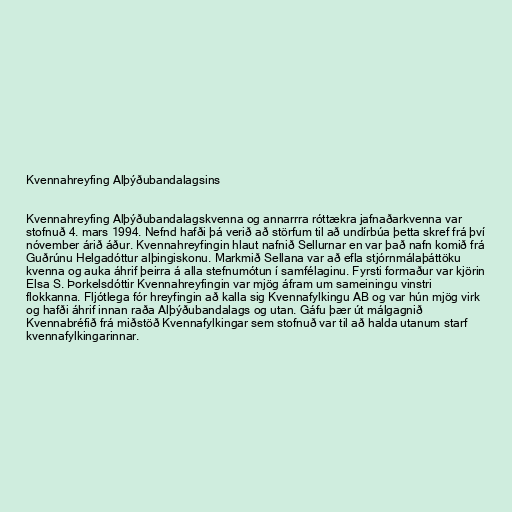
Kvennahreyfing Alþýðubandalagsins

Kvennahreyfing Alþýðubandalagskvenna og annarrra róttækra jafnaðarkvenna var
stofnuð 4. mars 1994. Nefnd hafði þá verið að störfum til að undírbúa þetta skref frá því
nóvember árið áður. Kvennahreyfingin hlaut nafnið Sellurnar en var það nafn komið frá
Guðrúnu Helgadóttur alþingiskonu. Markmið Sellana var að efla stjórnmálaþáttöku
kvenna og auka áhrif þeirra á alla stefnumótun í samfélaginu. Fyrsti formaður var kjörin
Elsa S. Þorkelsdóttir Kvennahreyfingin var mjög áfram um sameiningu vinstri
flokkanna. Fljótlega fór hreyfingin að kalla sig Kvennafylkingu AB og var hún mjög virk
og hafði áhrif innan raða Alþýðubandalags og utan. Gáfu þær út málgagnið
Kvennabréfið frá miðstöð Kvennafylkingar sem stofnuð var til að halda utanum starf
kvennafylkingarinnar.